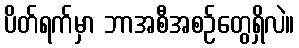
ပိတ်ရက်မှာ ဘာအစီအစဉ်တွေရှိလဲ။